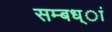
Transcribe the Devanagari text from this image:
सम्बध्ां